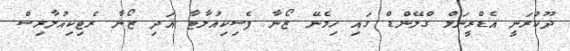
ދޫކުރަނީ އެޑްރީނަލް ގްލޭންޑް ގައި ހިމެނޭ ޒޯނާ ފެސިކިއުލާޓާ އަދި ޒޯނާ ރެޓިކިއުލާރިސް